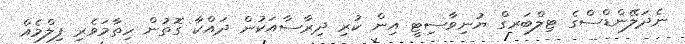
ނެދަލޭންޑްސްގެ ޓިލްބަރގް ޔުނިވާސިޓީ އިން ކުރި ދިރާސާއަކުން ދައްކާ ގޮތުން ހިތާމަވެރި ފިލްމެއް